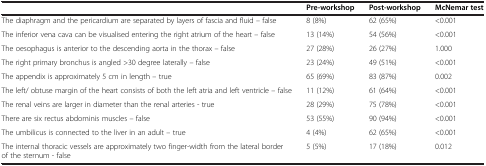
|  | Pre-workshop | Post-workshop | McNemar test |
 | --- | --- | --- | --- |
 | The diaphragm and the pericardium are separated by layers of fascia and fluid – false | 8 (8%) | 62 (65%) | <0.001 |
 | The inferior vena cava can be visualised entering the right atrium of the heart – false | 13 (14%) | 54 (56%) | <0.001 |
 | The oesophagus is anterior to the descending aorta in the thorax – false | 27 (28%) | 26 (27%) | 1.000 |
 | The right primary bronchus is angled >30 degree laterally – false | 23 (24%) | 49 (51%) | <0.001 |
 | The appendix is approximately 5 cm in length – true | 65 (69%) | 83 (87%) | 0.002 |
 | The left/ obtuse margin of the heart consists of both the left atria and left ventricle – false | 11 (12%) | 61 (64%) | <0.001 |
 | The renal veins are larger in diameter than the renal arteries - true | 28 (29%) | 75 (78%) | <0.001 |
 | There are six rectus abdominis muscles – false | 53 (55%) | 90 (94%) | <0.001 |
 | The umbilicus is connected to the liver in an adult – true | 4 (4%) | 62 (65%) | <0.001 |
 | The internal thoracic vessels are approximately two finger-width from the lateral border of the sternum - false | 5 (5%) | 17 (18%) | 0.012 |